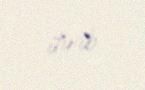
itirib.